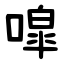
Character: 噑